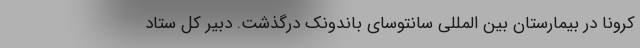
کرونا در بیمارستان بین المللی سانتوسای باندونک درگذشت. دبیر کل ستاد